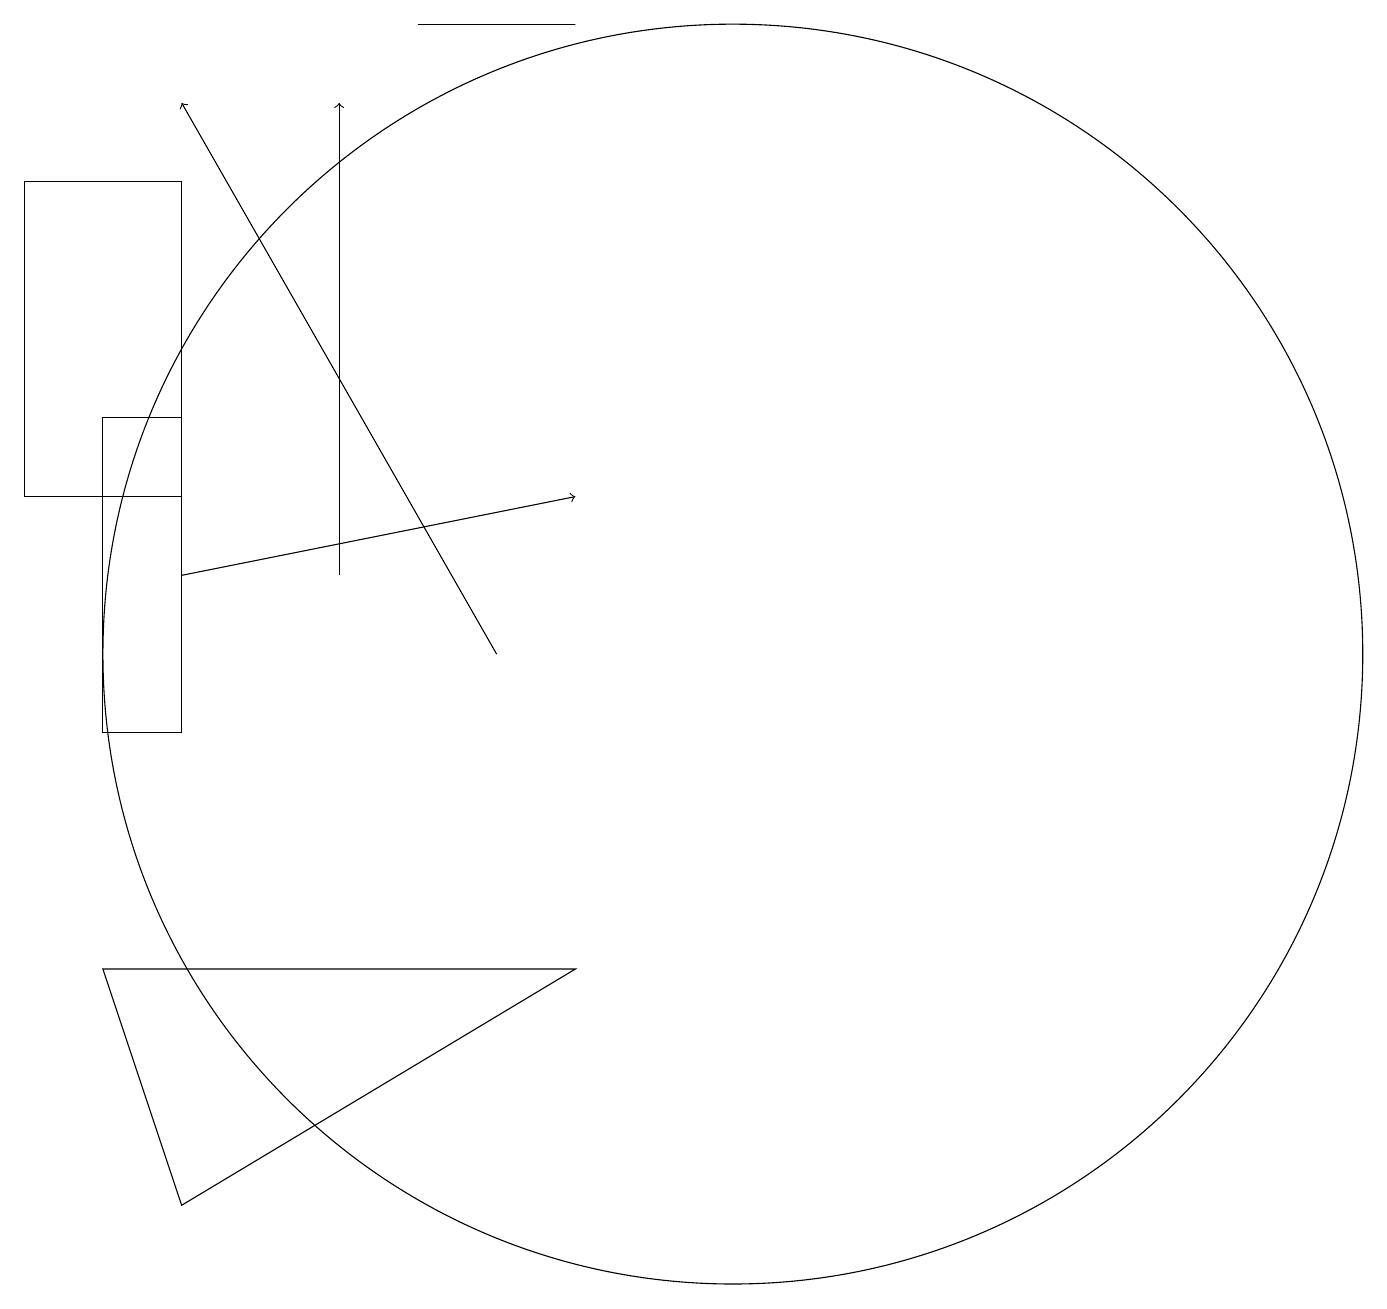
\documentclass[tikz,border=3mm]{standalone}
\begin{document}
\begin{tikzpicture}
\draw (6,19) rectangle (8,19);
\draw (3,17) rectangle (1,13);
\draw[->] (5,12) -- (5,18);
\draw (10,11) circle (8);
\draw (2,7) -- (3,4) -- (8,7) -- cycle;
\draw (3,14) rectangle (2,10);
\draw[->] (3,12) -- (8,13);
\draw[->] (7,11) -- (3,18);
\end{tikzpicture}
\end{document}